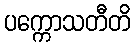
ပက္ကောသတီတိ